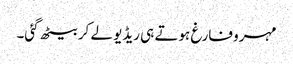
مہرو فارغ ہوتے ہی ریڈیو لے کر بیٹھ گئی۔